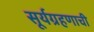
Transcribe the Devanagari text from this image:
सूर्यग्रहणाची